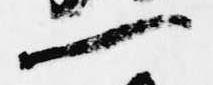
一